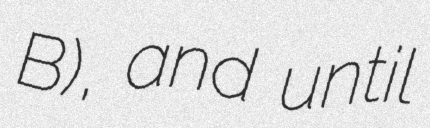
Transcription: B), and until